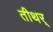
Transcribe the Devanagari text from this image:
तीथर्